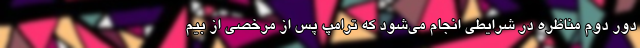
دور دوم مناظره در شرایطی انجام می‌شود که ترامپ پس از مرخصی از بیم